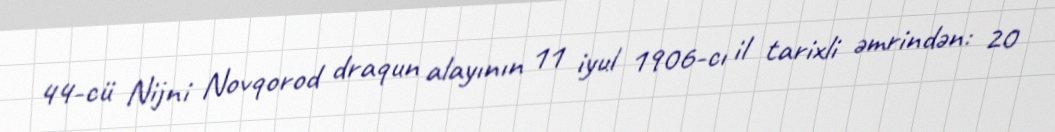
44-cü Nijni Novqorod draqun alayının 11 iyul 1906-cı il tarixli əmrindən: 20